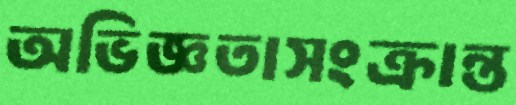
অভিজ্ঞতাসংক্রান্ত